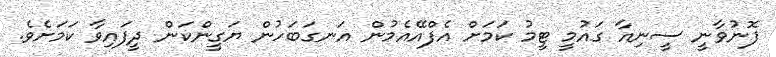
ފޮނުވާނީ ސީނިއާ ގައުމީ ޓީމު ކަމަށް އެފްއޭއެމުން އަނގަބަހުން ޔަގީންކަން ދީފައިވާ ކަމަށެވެ.